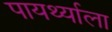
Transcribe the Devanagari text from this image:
पायर्थ्याला